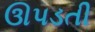
ઊપડતી